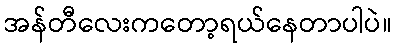
အန်တီလေးကတော့ရယ်နေတာပါပဲ။